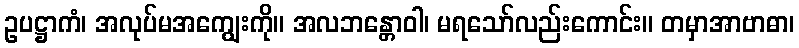
ဥပဋ္ဌာကံ၊ အလုပ်မအကျွေးကို။ အလဘန္တောဝါ၊ မရသော်လည်းကောင်း။ တမှာအာဗာဓာ၊